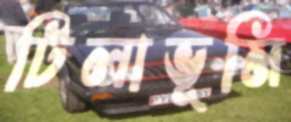
টিলাভূমি